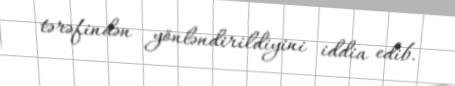
tərəfindən yönləndirildiyini iddia edib.